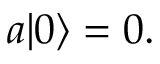
a | 0 \rangle = 0 .